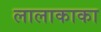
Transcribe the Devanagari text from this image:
लालाकाका